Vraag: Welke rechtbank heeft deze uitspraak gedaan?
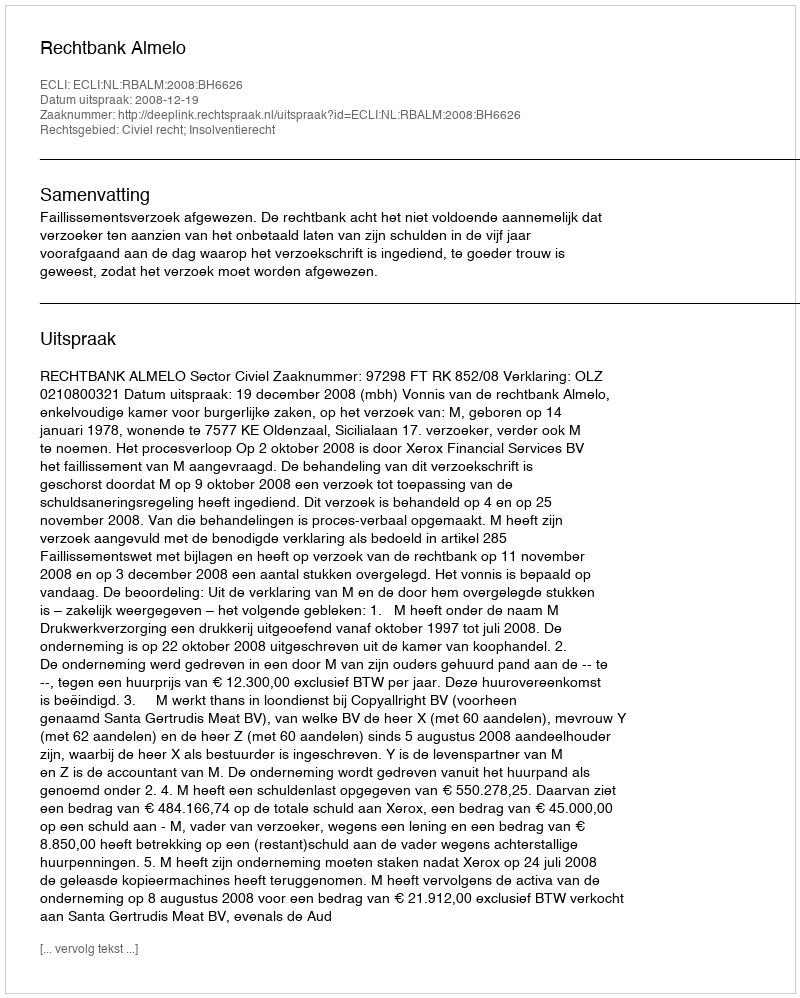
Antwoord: Rechtbank Almelo